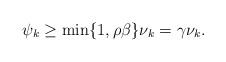
LaTeX: \begin{align*}\psi_k \ge \min \{ 1, \rho \beta \} \nu_k = \gamma \nu_k.\end{align*}